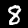
Digit: 8